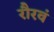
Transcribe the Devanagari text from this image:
रौरवं